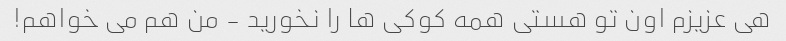
هی عزیزم اون تو هستی همه کوکی ها را نخورید - من هم می خواهم!